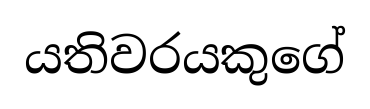
යතිවරයකුගේ